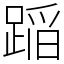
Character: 𨂻